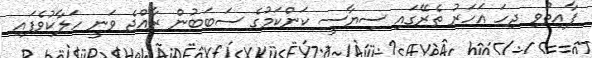
ފާއިތުވި ދިހަ އަހަރު ތެރޭގައި ސިޔާސީ ކަންކަމުގެ ސަބަބުން ރާއްޖެ ވަނީ ހަލާކުވެފައި